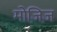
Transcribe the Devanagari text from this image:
मोज़िज़